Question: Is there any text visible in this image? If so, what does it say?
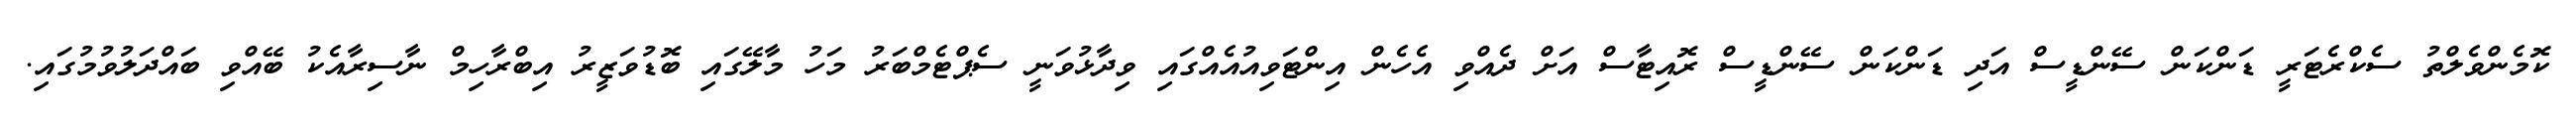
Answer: ކޮމެންވެލްތު ސެކްރެޓަރީ ޑަންކަން ސޭންޑީސް އަދި ޑަންކަން ސޭންޑީސް ރޮއިޓާސް އަށް ދެއްވި އެހެން އިންޓަވިއުއެއްގައި ވިދާޅުވަނީ ސެޕްޓެމްބަރު މަހު މާލޭގައި ބޮޑުވަޒީރު އިބްރާހިމް ނާސިރާއެކު ބޭއްވި ބައްދަލުވުމުގައި.